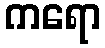
ကရော